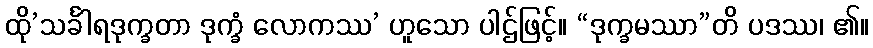
ထို’သင်္ခါရဒုက္ခတာ ဒုက္ခံ လောကဿ’ ဟူသော ပါဌ်ဖြင့်။ “ဒုက္ခမဿာ”တိ ပဒဿ၊ ၏။